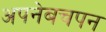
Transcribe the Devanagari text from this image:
अपनेबचपन